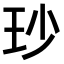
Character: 𤤉